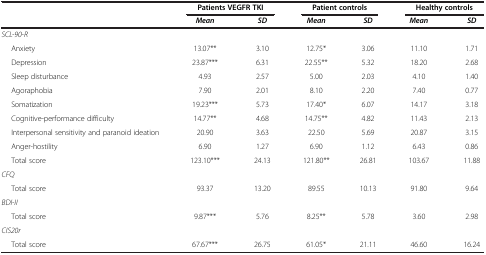
<table><thead><tr><td><b> </b></td><td colspan="2"><b>Patients VEGFR TKI</b></td><td colspan="2"><b>Patient controls</b></td><td colspan="2"><b>Healthy controls</b></td></tr><tr><td><b> </b></td><td><b><i>Mean</i></b></td><td><b><i>SD</i></b></td><td><b><i>Mean</i></b></td><td><b><i>SD</i></b></td><td><b><i>Mean</i></b></td><td><b><i>SD</i></b></td></tr></thead><tbody><tr><td><i>SCL-90-R</i></td><td> </td><td> </td><td> </td><td> </td><td> </td><td> </td></tr><tr><td>Anxiety</td><td>13.07**</td><td>3.10</td><td>12.75*</td><td>3.06</td><td>11.10</td><td>1.71</td></tr><tr><td>Depression</td><td>23.87***</td><td>6.31</td><td>22.55**</td><td>5.32</td><td>18.20</td><td>2.68</td></tr><tr><td>Sleep disturbance</td><td>4.93</td><td>2.57</td><td>5.00</td><td>2.03</td><td>4.10</td><td>1.40</td></tr><tr><td>Agoraphobia</td><td>7.90</td><td>2.01</td><td>8.10</td><td>2.20</td><td>7.40</td><td>0.77</td></tr><tr><td>Somatization</td><td>19.23***</td><td>5.73</td><td>17.40*</td><td>6.07</td><td>14.17</td><td>3.18</td></tr><tr><td>Cognitive-performance difficulty</td><td>14.77**</td><td>4.68</td><td>14.75**</td><td>4.82</td><td>11.43</td><td>2.13</td></tr><tr><td>Interpersonal sensitivity and paranoid ideation</td><td>20.90</td><td>3.63</td><td>22.50</td><td>5.69</td><td>20.87</td><td>3.15</td></tr><tr><td>Anger-hostility</td><td>6.90</td><td>1.27</td><td>6.90</td><td>1.12</td><td>6.43</td><td>0.86</td></tr><tr><td>Total score</td><td>123.10***</td><td>24.13</td><td>121.80**</td><td>26.81</td><td>103.67</td><td>11.88</td></tr><tr><td><i>CFQ</i></td><td> </td><td> </td><td> </td><td> </td><td> </td><td> </td></tr><tr><td>Total score</td><td>93.37</td><td>13.20</td><td>89.55</td><td>10.13</td><td>91.80</td><td>9.64</td></tr><tr><td><i>BDI-II</i></td><td> </td><td> </td><td> </td><td> </td><td> </td><td> </td></tr><tr><td>Total score</td><td>9.87***</td><td>5.76</td><td>8.25**</td><td>5.78</td><td>3.60</td><td>2.98</td></tr><tr><td><i>CIS20r</i></td><td> </td><td> </td><td> </td><td> </td><td> </td><td> </td></tr><tr><td>Total score</td><td>67.67***</td><td>26.75</td><td>61.05*</td><td>21.11</td><td>46.60</td><td>16.24</td></tr></tbody></table>